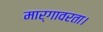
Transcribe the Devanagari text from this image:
मार्गावरता।